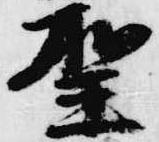
聖